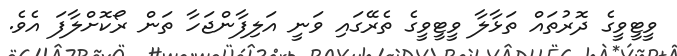
ވީޓީވީގެ ދޮރުތައް ތަޅާލާ ވީޓީވީގެ ތެރޭގައި ވަނީ އަލިފާންޖަހާ ތަން ރޯކޮށްލާފަ އެވެ.